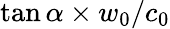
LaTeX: \tan\alpha\times w_{0}/c_{0}